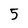
Character: 5